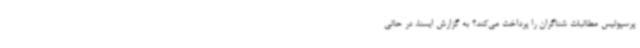
پرسپولیس مطالبات شناگران را پرداخت می‌کند؟ به گزارش ایسنا، در حالی